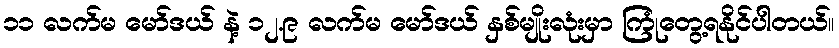
၁၁ လက်မ မော်ဒယ် နဲ့ ၁၂.၉ လက်မ မော်ဒယ် နှစ်မျိုးလုံးမှာ ကြုံတွေ့ရနိုင်ပါတယ်။